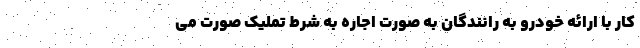
کار با ارائه خودرو به رانندگان به صورت اجاره به شرط تملیک صورت می